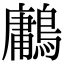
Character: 鷛